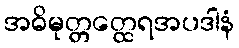
အဓိမုတ္တတ္ထေရအပဒါနံ